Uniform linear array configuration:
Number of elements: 8
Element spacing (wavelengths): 0.5
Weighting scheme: exponential
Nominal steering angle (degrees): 15
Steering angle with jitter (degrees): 13.449
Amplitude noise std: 0.05
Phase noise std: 0.05

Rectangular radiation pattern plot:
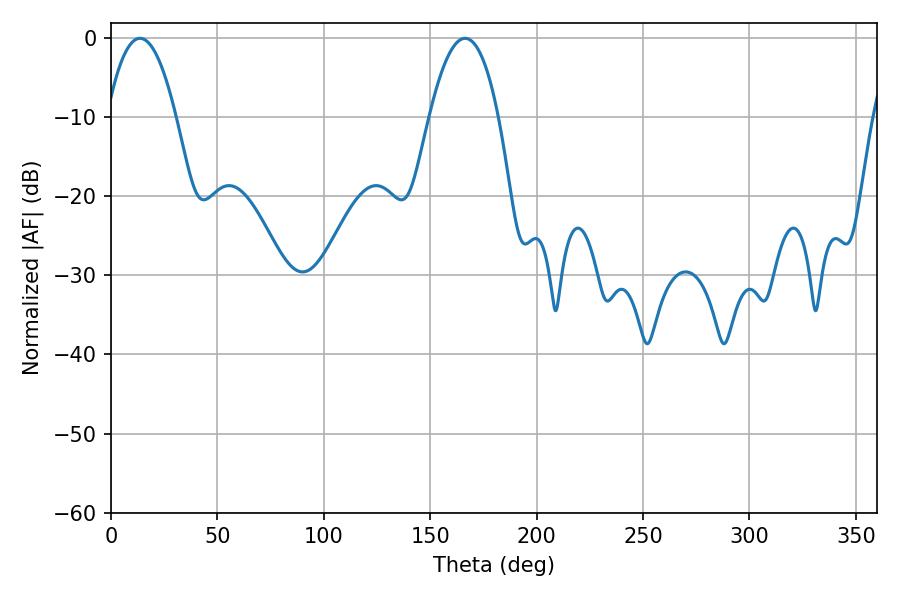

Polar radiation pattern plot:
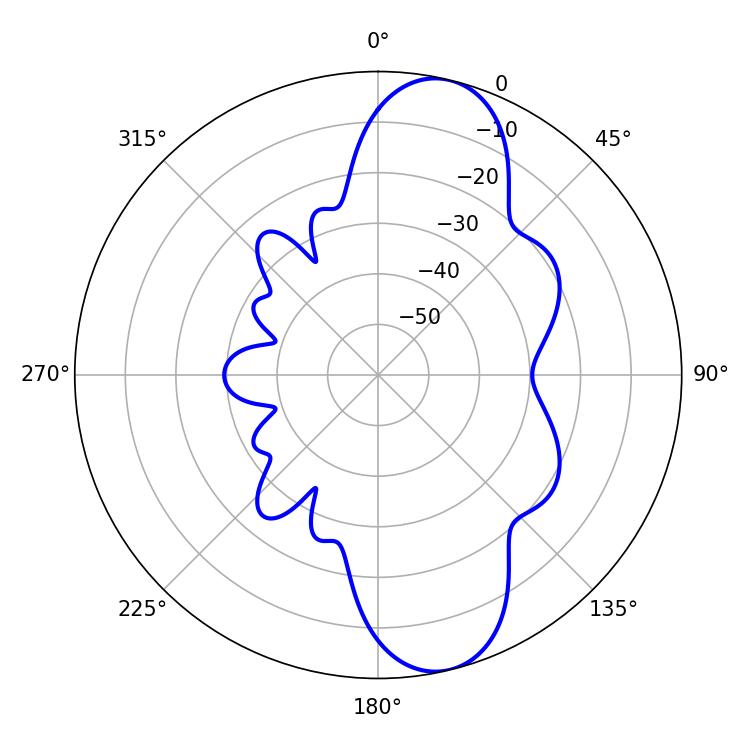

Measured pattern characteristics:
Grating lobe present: FALSE
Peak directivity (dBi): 10.694
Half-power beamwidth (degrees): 18
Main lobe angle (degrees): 13.68